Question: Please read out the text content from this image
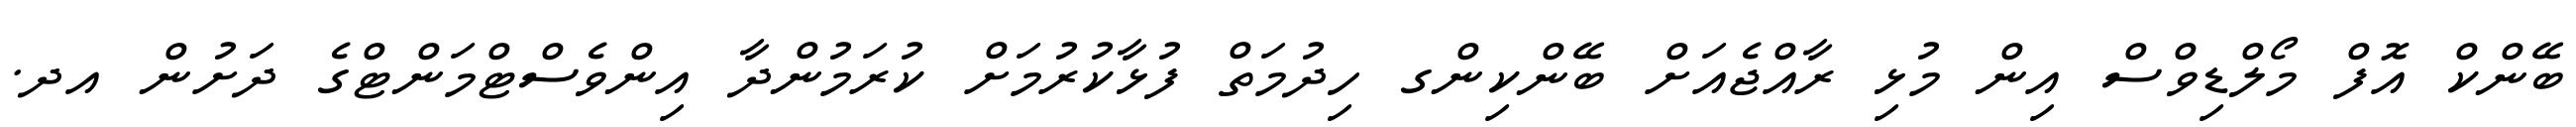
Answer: ބޭންކް އޮފް މޯލްޑިވްސް އިން މުޅި ރާއްޖެއަށް ބޭންކިންގ ހިދުމަތް ފުޅާކުރުމަށް ކުރަމުންދާ އިންވެސްޓްމަންޓްގެ ދަށުން އދ.